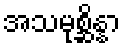
အသမုစ္ဆိန္နာ